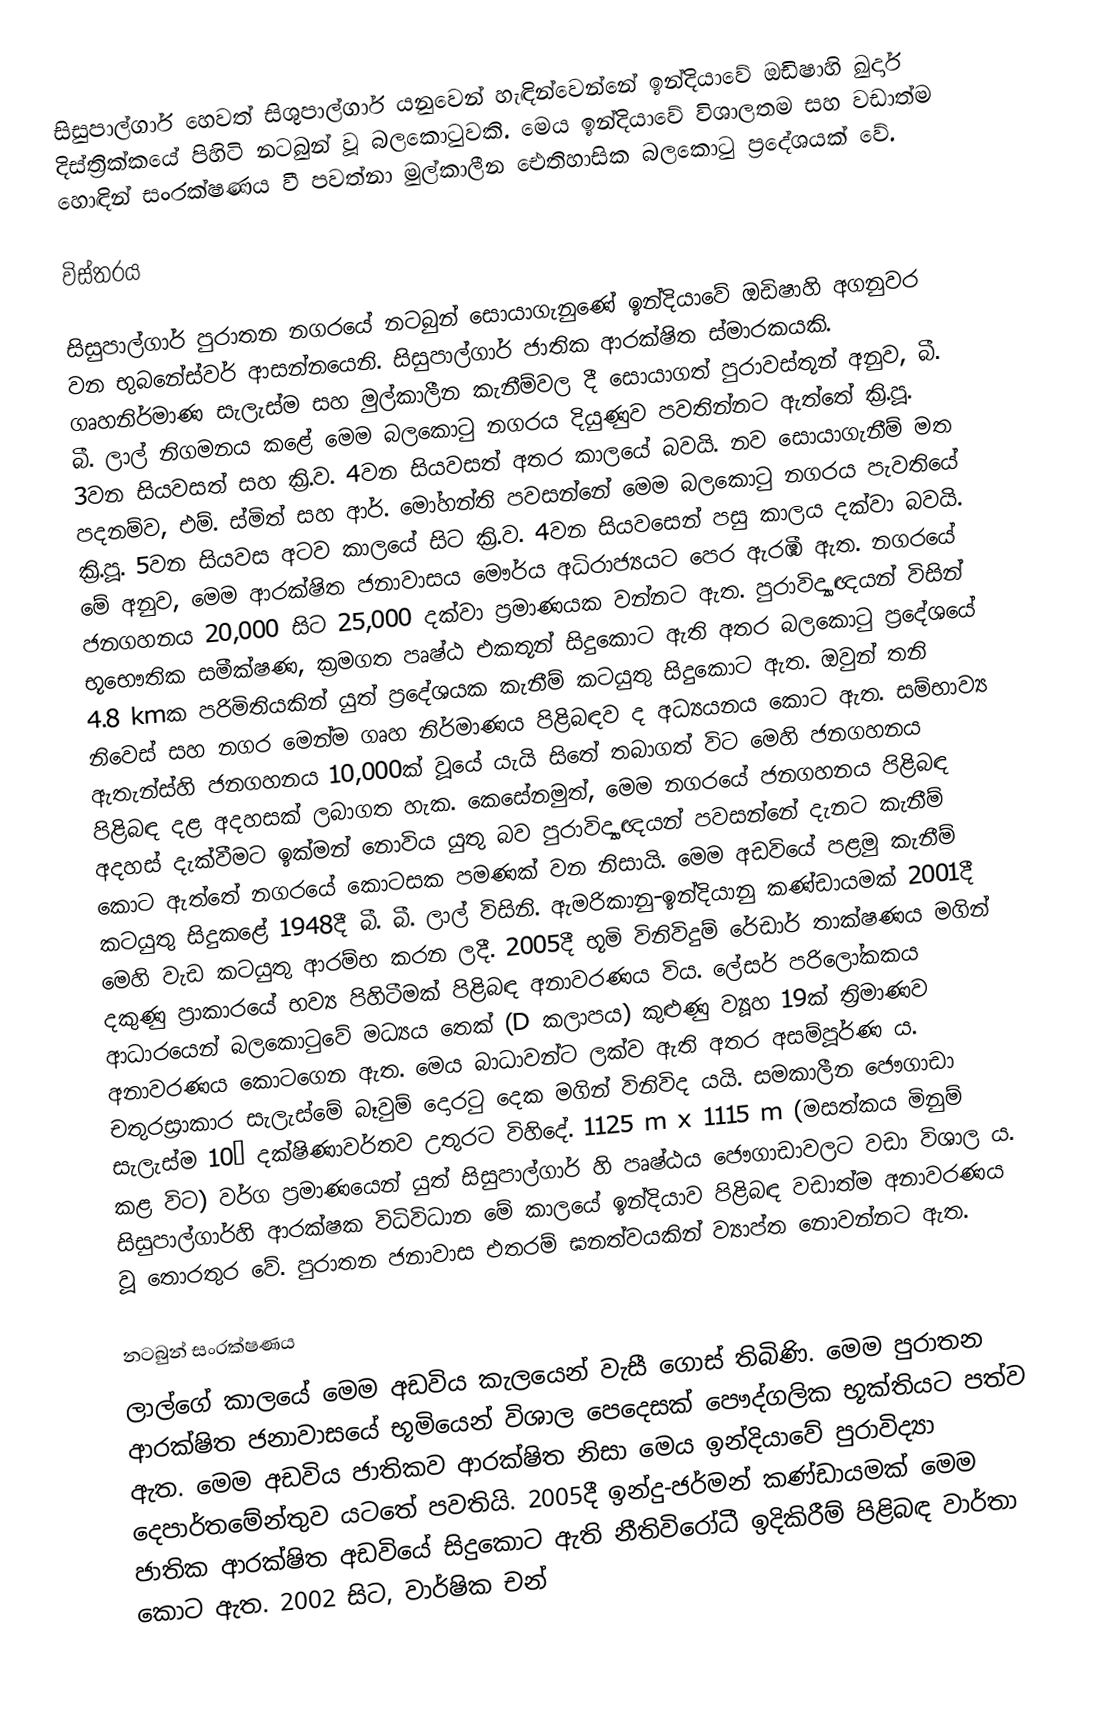
සිසුපාල්ගාර් හෙවත් සිශුපාල්ගාර් යනුවෙන් හැඳින්වෙන්නේ ඉන්දියාවේ ඔඩිෂාහි ඛුර්දා දිස්ත්‍රික්කයේ පිහිටි නටබුන් වූ බලකොටුවකි. මෙය ඉන්දියාවේ විශාලතම සහ වඩාත්ම හොඳින් සංරක්ෂණය වී පවත්නා මුල්කාලීන ඓතිහාසික බලකොටු ප්‍රදේශයක් වේ.

විස්තරය

සිසුපාල්ගාර් පුරාතන නගරයේ නටබුන් සොයාගැනුණේ ඉන්දියාවේ ඔඩිෂාහි අගනුවර වන භුබනේස්වර් ආසන්නයෙනි. සිසුපාල්ගාර් ජාතික ආරක්ෂිත ස්මාරකයකි. ගෘහනිර්මාණ සැලැස්ම සහ මුල්කාලීන කැනීම්වල දී සොයාගත් පුරාවස්තූන් අනුව, බී. බී. ලාල් නිගමනය කළේ මෙම බලකොටු නගරය දියුණුව පවතින්නට ඇත්තේ ක්‍රි.පූ. 3වන සියවසත් සහ ක්‍රි.ව. 4වන සියවසත් අතර කාලයේ බවයි. නව සොයාගැනීම් මත පදනම්ව, එම්. ස්මිත් සහ ආර්. මෝහන්ති පවසන්නේ මෙම බලකොටු නගරය පැවතියේ ක්‍රි.පූ. 5වන සියවස අටව කාලයේ සිට ක්‍රි.ව. 4වන සියවසෙන් පසු කාලය දක්වා බවයි. මේ අනුව, මෙම ආරක්ෂිත ජනාවාසය මෞර්ය අධිරාජ්‍යයට පෙර ඇරඹී ඇත. නගරයේ ජනගහනය 20,000 සිට 25,000 දක්වා ප්‍රමාණයක වන්නට ඇත. පුරාවිද්‍යාඥයන් විසින් භූභෞතික සමීක්ෂණ, ක්‍රමගත පෘෂ්ඨ එකතූන් සිදුකොට ඇති අතර බලකොටු ප්‍රදේශයේ 4.8 kmක පරිමිතියකින් යුත් ප්‍රදේශයක කැනීම් කටයුතු සිදුකොට ඇත. ඔවුන් තනි නිවෙස් සහ නගර මෙන්ම ගෘහ නිර්මාණය පිළිබඳව ද අධ්‍යයනය කොට ඇත. සම්භාව්‍ය ඇතැන්ස්හි ජනගහනය 10,000ක් වූයේ යැයි සිතේ තබාගත් විට මෙහි ජනගහනය පිළිබඳ දළ අදහසක් ලබාගත හැක. කෙසේනමුත්, මෙම නගරයේ ජනගහනය  පිළිබඳ අදහස් දැක්වීමට ඉක්මන් නොවිය යුතු බව පුරාවිද්‍යාඥයන් පවසන්නේ දැනට කැනීම් කොට ඇත්තේ නගරයේ කොටසක පමණක් වන නිසායි. මෙම අඩවියේ පළමු කැනීම් කටයුතු සිදුකළේ 1948දී බී. බී. ලාල් විසිනි. ඇමරිකානු-ඉන්දියානු කණ්ඩායමක් 2001දී මෙහි වැඩ කටයුතු ආරම්භ කරන ලදී. 2005දී භූමි විනිවිදුම් රේඩාර් තාක්ෂණය මගින් දකුණු ප්‍රාකාරයේ භව්‍ය පිහිටීමක් පිළිබඳ අනාවරණය විය. ලේසර් පරිලෝකකය ආධාරයෙන් බලකොටුවේ මධ්‍යය තෙක් (D කලාපය) කුළුණු ව්‍යූහ 19ක් ත්‍රිමාණව අනාවරණය කොටගෙන ඇත. මෙය බාධාවන්ට ලක්ව ඇති අතර අසම්පූර්ණ ය. චතුරස්‍රාකාර සැලැස්මේ බෑවුම් දොරටු දෙක මගින් විනිවිද යයි. සමකාලීන ජෞගාඩා සැලැස්ම 10° දක්ෂිණාවර්තව උතුරට විහිදේ. 1125 m x 1115 m (මසත්කය මිනුම් කළ විට) වර්ග ප්‍රමාණයෙන් යුත් සිසුපාල්ගාර් හි පෘෂ්ඨය ජෞගාඩාවලට වඩා විශාල ය. සිසුපාල්ගාර්හි ආරක්ෂක විධිවිධාන මේ කාලයේ ඉන්දියාව පිළිබඳ වඩාත්ම අනාවරණය වූ තොරතුර වේ. පුරාතන ජනාවාස එතරම් ඝනත්වයකින් ව්‍යාප්ත නොවන්නට ඇත.

නටබුන් සංරක්ෂණය
ලාල්ගේ කාලයේ මෙම අඩවිය කැලයෙන් වැසී ගොස් තිබිණි. මෙම පුරාතන ආරක්ෂිත ජනාවාසයේ භූමියෙන් විශාල පෙදෙසක් පෞද්ගලික භූක්තියට පත්ව ඇත. මෙම අඩවිය ජාතිකව ආරක්ෂිත නිසා මෙය ඉන්දියාවේ පුරාවිද්‍යා දෙපාර්තමේන්තුව යටතේ පවතියි. 2005දී ඉන්දු-ජර්මන් කණ්ඩායමක් මෙම ජාතික ආරක්ෂිත අඩවියේ සිදුකොට ඇති නීතිවිරෝධී ඉදිකිරීම් පිළිබඳ වාර්තා කොට ඇත.  2002 සිට, වාර්ෂික චන්